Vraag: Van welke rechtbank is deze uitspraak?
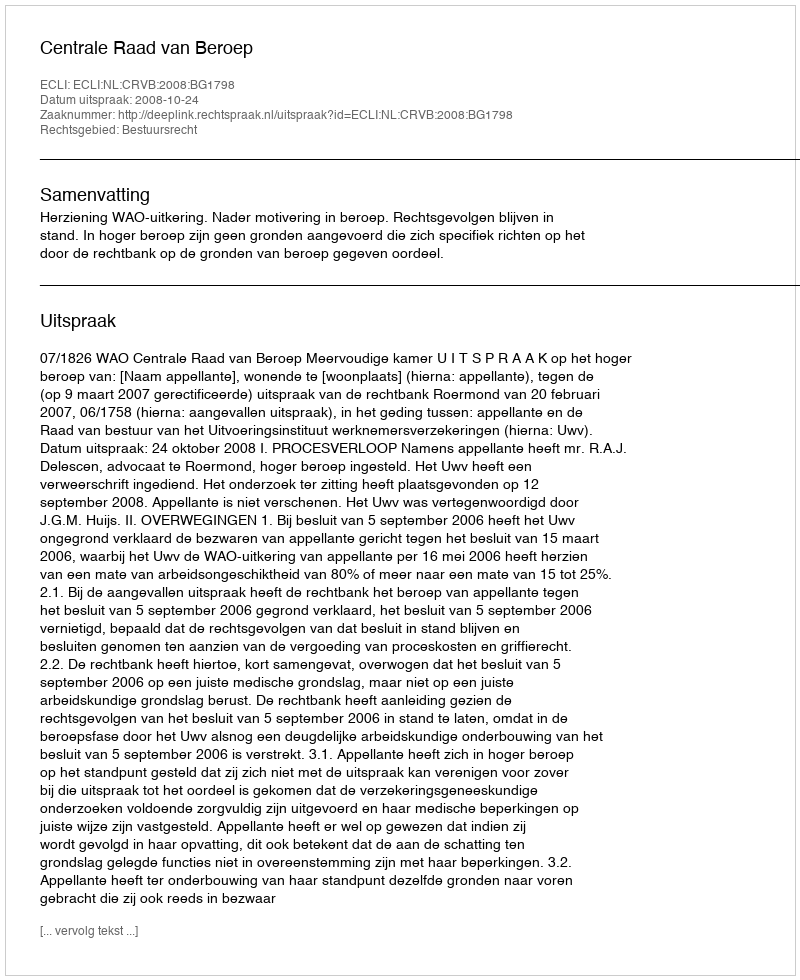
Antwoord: Centrale Raad van Beroep